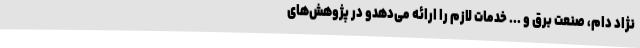
نژاد دام، صنعت برق و ... خدمات لازم را ارائه می‌دهدو در پژوهش‌های